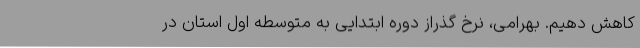
کاهش دهیم. بهرامی، نرخ‌ گذراز دوره ابتدایی به متوسطه اول استان در